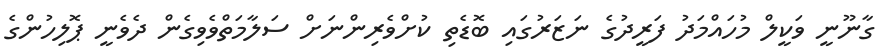
ގާނޫނީ ވަކީލް މުހައްމަދު ފަރީދުގެ ނަޒަރުގައި ބޮޑެތި ކުށްވެރިންނަށް ސަލާމަތްވެވިގެން ދެވެނީ ޕޮލިހުންގެ